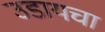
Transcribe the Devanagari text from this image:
उडायचा